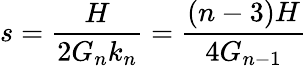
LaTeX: s=\frac{H}{2G_{n}k_{n}}=\frac{(n-3)H}{4G_{n-1}}